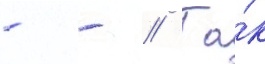
- - // Та́к